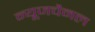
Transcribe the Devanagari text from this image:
न्यूजचैनल